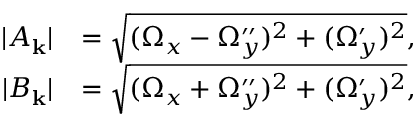
\begin{array} { r l } { | A _ { \mathbf { k } } | } & { = \sqrt { ( \Omega _ { x } - \Omega _ { y } ^ { \prime \prime } ) ^ { 2 } + ( \Omega _ { y } ^ { \prime } ) ^ { 2 } } , } \\ { | B _ { \mathbf { k } } | } & { = \sqrt { ( \Omega _ { x } + \Omega _ { y } ^ { \prime \prime } ) ^ { 2 } + ( \Omega _ { y } ^ { \prime } ) ^ { 2 } } , } \end{array}